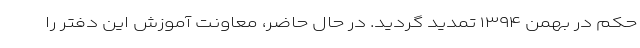
حکم در بهمن ۱۳۹۴ تمدید گردید. در حال حاضر، معاونت آموزش این دفتر را